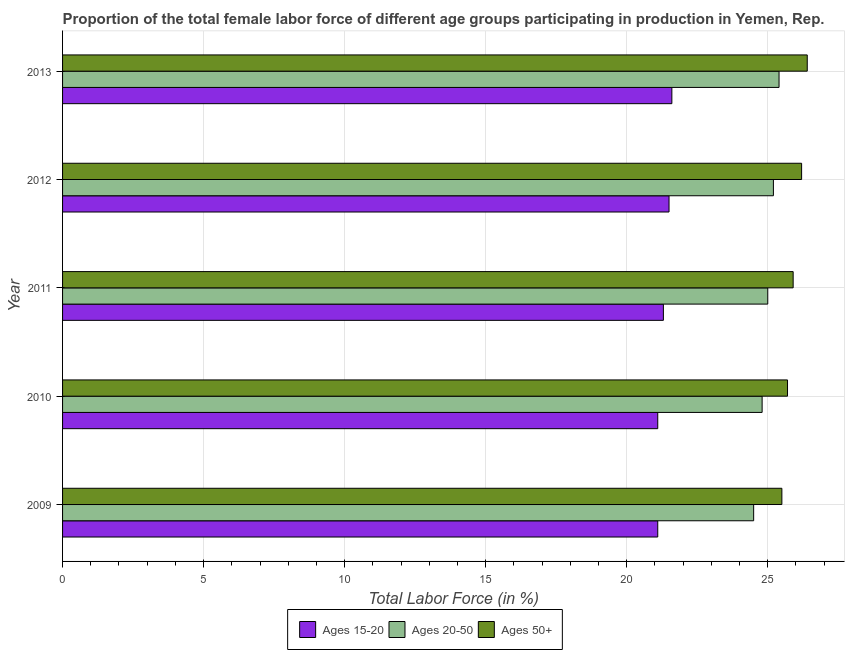
| Year | Ages 15-20 | Ages 20-50 | Ages 50+ |
 | --- | --- | --- | --- |
 | 2009 | 21.1 | 24.5 | 25.5 |
 | 2010 | 21.1 | 24.8 | 25.7 |
 | 2011 | 21.3 | 25 | 25.9 |
 | 2012 | 21.5 | 25.2 | 26.2 |
 | 2013 | 21.6 | 25.4 | 26.4 |